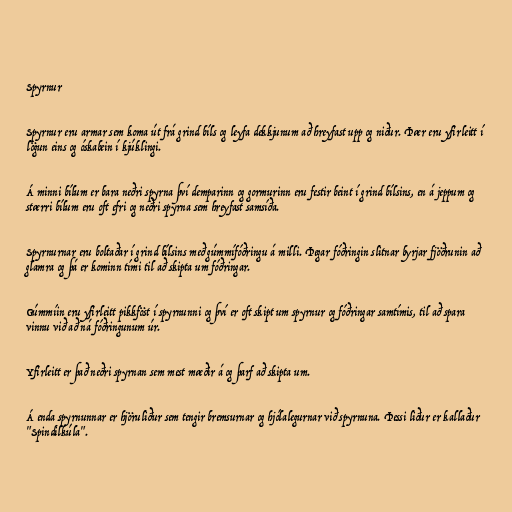
Spyrnur

Spyrnur eru armar sem koma út frá grind bíls og leyfa dekkjunum að hreyfast upp og niður. Þær eru yfirleitt í
lögun eins og óskabein í kjúklingi.

Á minni bílum er bara neðri spyrna því demparinn og gormurinn eru festir beint í grind bílsins, en á jeppum og
stærri bílum eru oft efri og neðri spyrna sem hreyfast samsíða.

Spyrnurnar eru boltaðar í grind bílsins með gúmmífóðringu á milli. Þegar fóðringin slitnar byrjar fjöðrunin að
glamra og þá er kominn tími til að skipta um fóðringar.

Gúmmíin eru yfirleitt pikkföst í spyrnunni og því er oft skipt um spyrnur og fóðringar samtímis, til að spara
vinnu við að ná fóðringunum úr.

Yfirleitt er það neðri spyrnan sem mest mæðir á og þarf að skipta um.

Á enda spyrnunnar er hjöruliður sem tengir bremsurnar og hjólalegurnar við spyrnuna. Þessi liður er kallaður
"Spindilkúla".